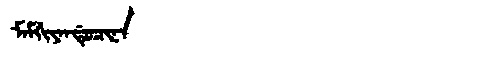
Manchu: ᠮᠠᠮᡤᡳᠶᠠᠨᡩᡠᠴᡳᠨᠠ
Romanization: MAMGIYANDUCINA